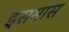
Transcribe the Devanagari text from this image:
इसमास